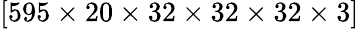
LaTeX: [595\times 20\times 32\times 32\times 32\times 3]